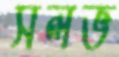
সলভ